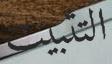
التثبيت